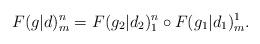
LaTeX: \begin{align*}F(g|d)_m^n = F(g_2|d_2)_1^n \circ F(g_1|d_1)_m^1.\end{align*}